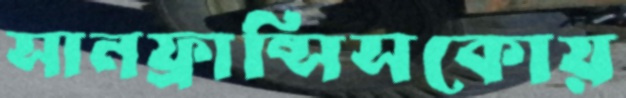
সানফ্রান্সিসকোয়